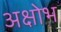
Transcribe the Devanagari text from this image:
अक्षोभ